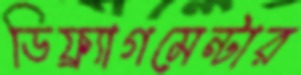
ডিফ্র্যাগমেন্টার